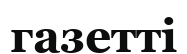
газетті